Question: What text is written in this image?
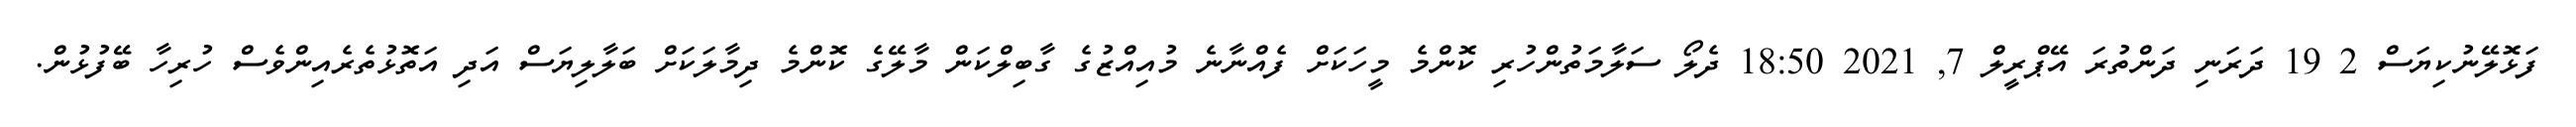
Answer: ފަޅޮލޭނުކިޔަސް 2 19 ދަރަނި ދަންތުރަ އޭޕްރީލް 7, 2021 18:50 ދެލޯ ސަލާމަތުންހުރި ކޮންމެ މީހަކަށް ފެއްނާނެ މުއިއްޒުގެ ގާބިލްކަން މާލޭގެ ކޮންމެ ދިމާލަކަށް ބަލާލިޔަސް އަދި އަތޮޅުތެރެއިންވެސް ހުރިހާ ބޭފުޅުން.